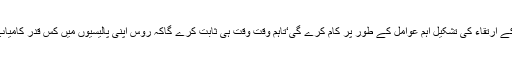
اس شناخت کے ارتقاء کی تشکیل اہم عوامل کے طور پر کام کرے گی‘تاہم وقت وقت ہی ثابت کرے گاکہ روس اپنی پالیسیوں میں کس قدر کامیاب ہو پاتا ہے۔